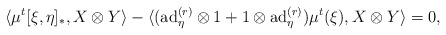
\begin{align*}&\langle\mu^{t}[\xi,\eta]_{\ast},X\otimes Y\rangle-\langle(\mathrm{ad}_{\eta}^{(r)}\otimes 1+1\otimes \mathrm{ad}_{\eta}^{(r)})\mu^{t}(\xi),X\otimes Y\rangle=0,\end{align*}